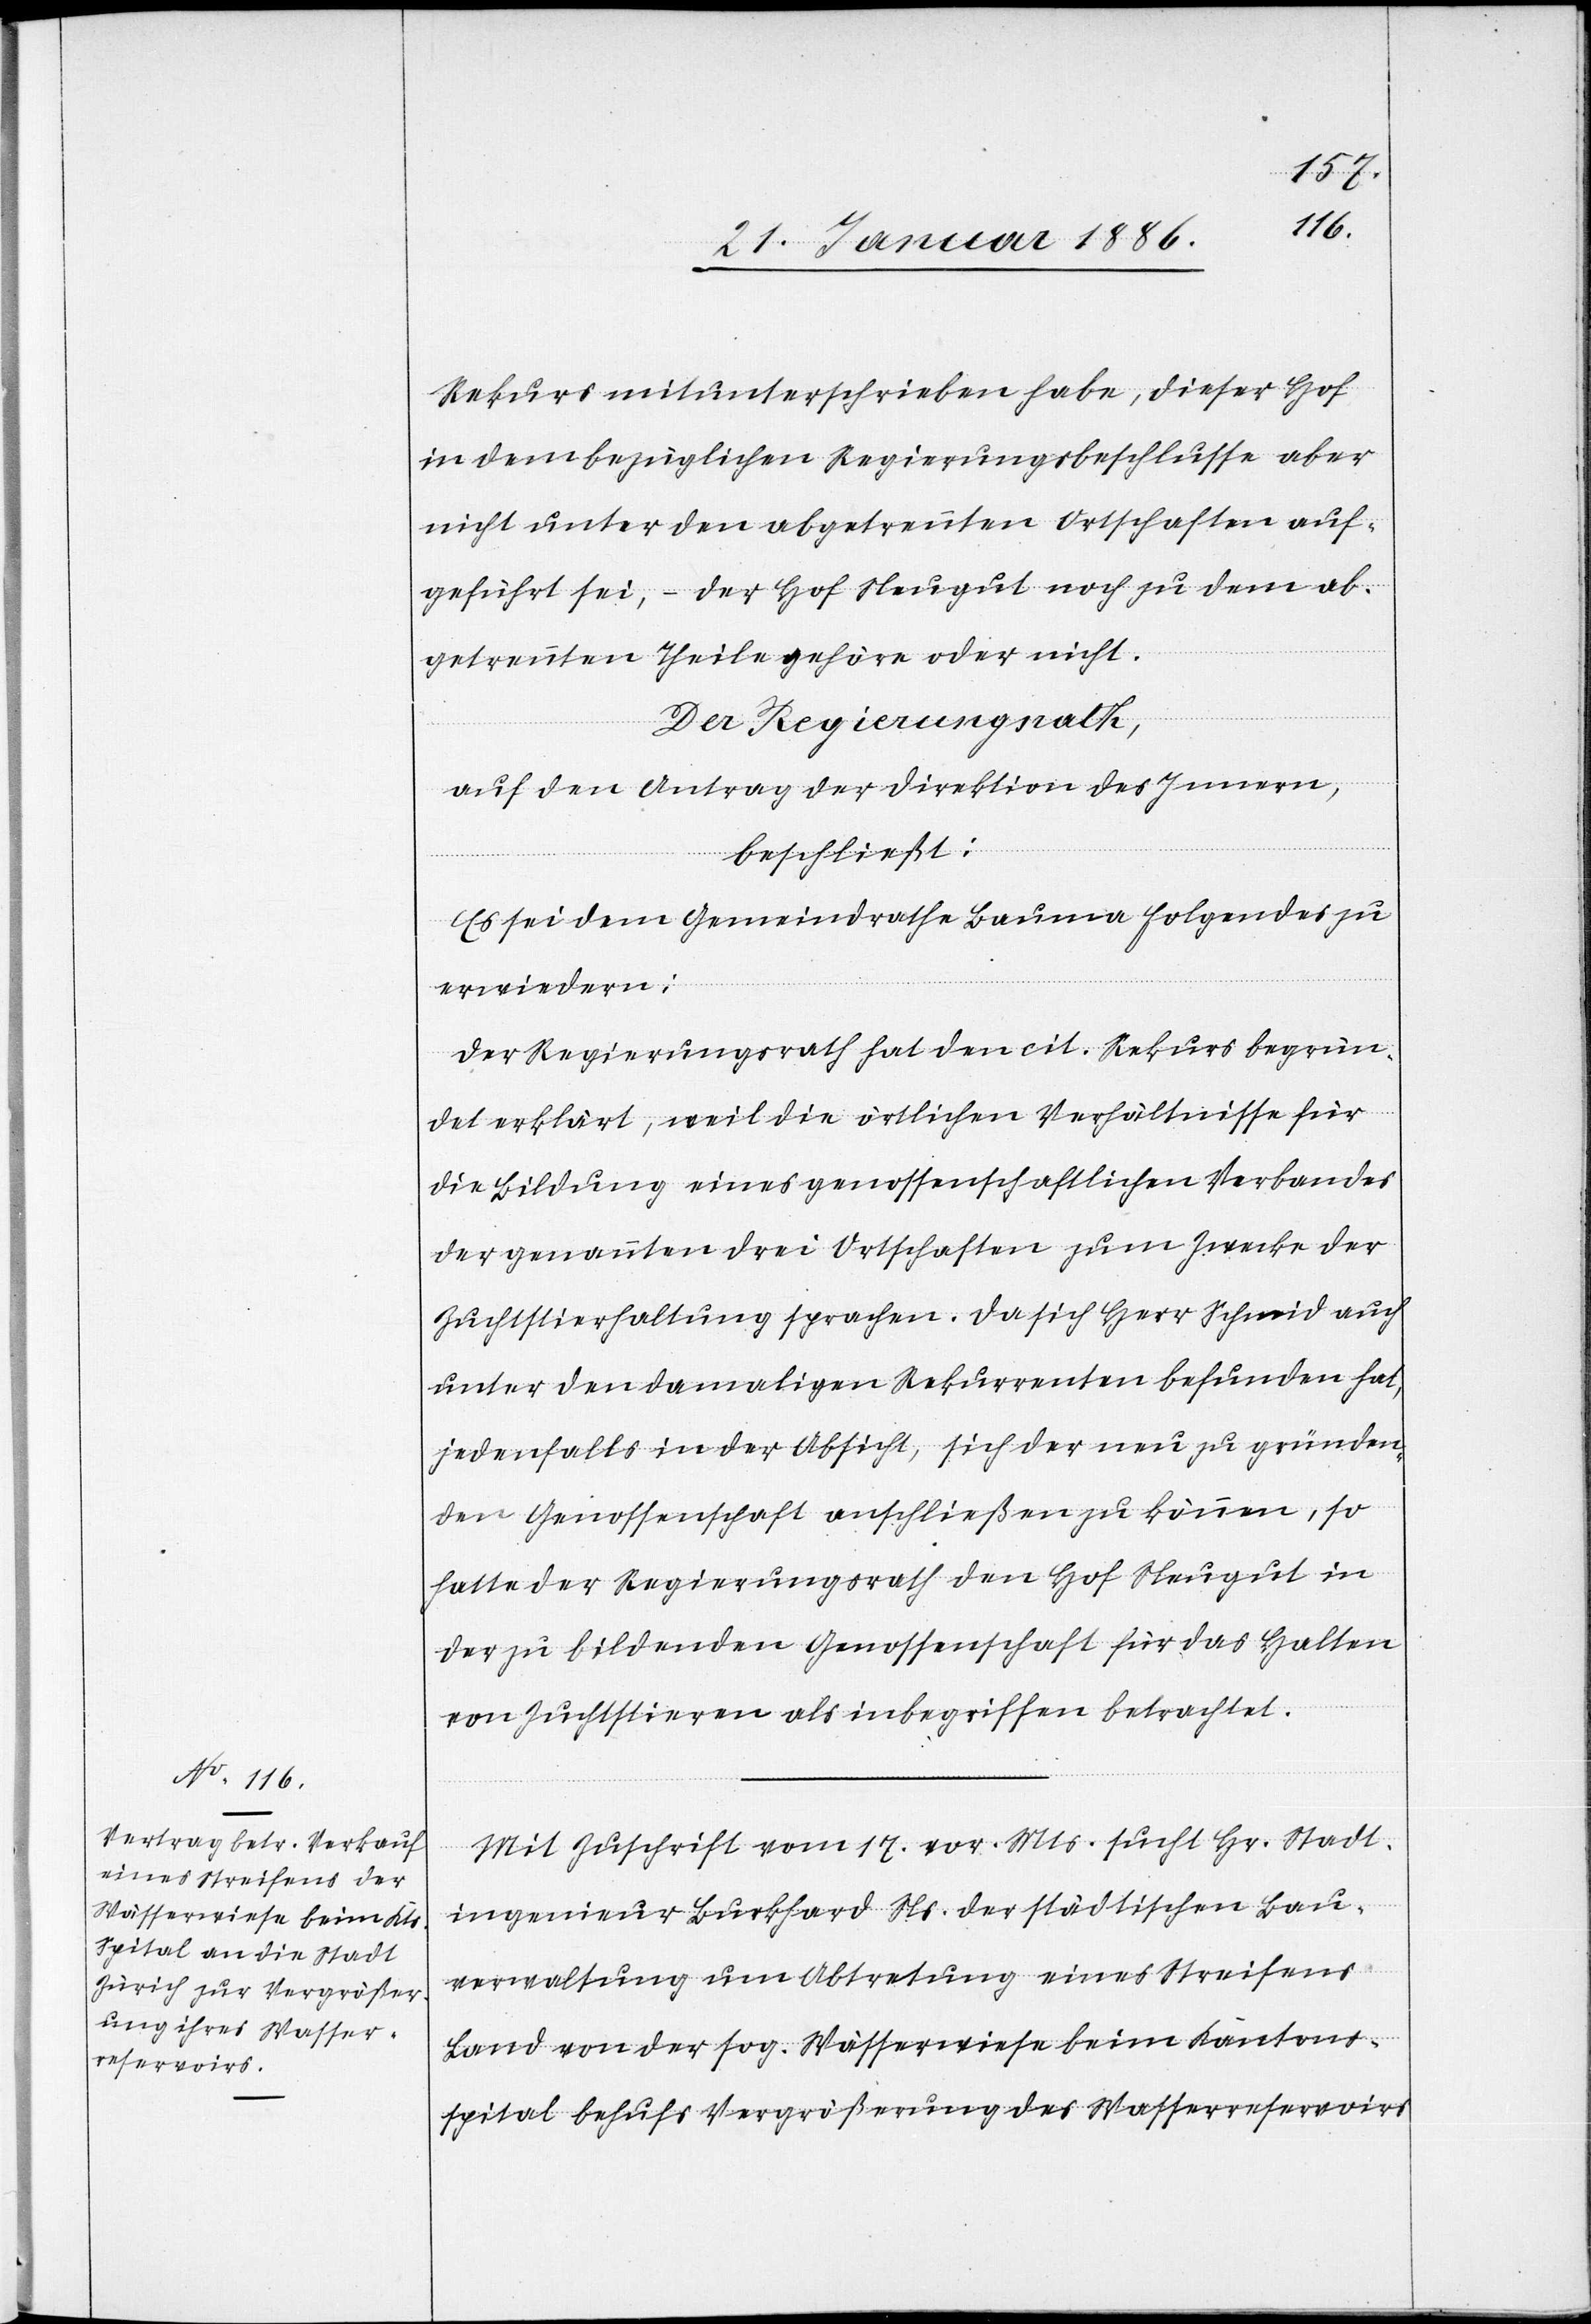
Rekurs mitunterschrieben habe, dieser Hof
in dem bezüglichen Regierungsbeschlusse aber
nicht unter den abgetrennten Ortschaften auf¬
geführt sei, – der Hof Neugut noch zu dem ab¬
getrennten Theilen gehöre oder nicht.
Der Regierungsrath,
auf den Antrag der Direktion des Innern,
beschließt:
Es sei dem Gemeindrathe Bauma folgendes zu
erwiedern:
Der Regierungsrath hat dem cit. Rekurs begrün¬
det erklärt, weil die örtlichen Verhältnisse für
die Bildung eines genossenschaftlichen Verbandes
der genannten drei Ortschaften zum Zwecke der
Zuchtstierhaltung sprachen. Da sich Herr Schmid auch
unter den damaligen Rekurrenten befunden hat,
jedenfalls in der Absicht, sich der neu zu gründen¬
den Genossenschaft anschließen zu können, so
hatte der Regierungsrath den Hof Neugut in
der zu bildenden Genossenschaft für das Halten
von Zuchtstieren als inbegriffen betrachtet.
Mit Zuschrift vom 17. vor. Mts. sucht Hr. Stadt¬
ingenieur Burkhard Ns. der städtischen Bau¬
verwaltung um Abtretung eines Streifens
Land von der sog. Wässerwiese beim Kantons¬
spital behufs Vergrößerung des Wasserreservoirs